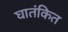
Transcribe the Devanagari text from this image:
घातंकित